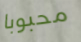
محبوبا